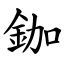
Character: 鉫